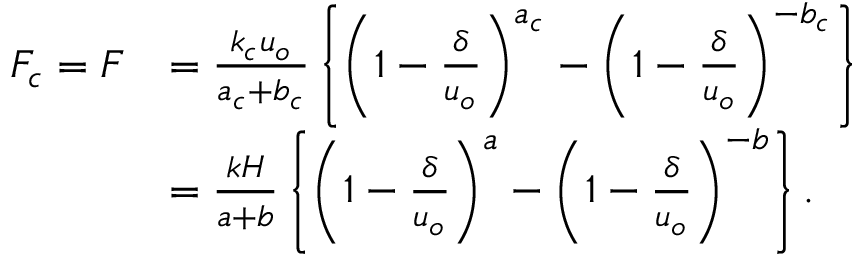
\begin{array} { r l } { F _ { c } = F } & { = \frac { k _ { c } u _ { o } } { a _ { c } + b _ { c } } \left\{ \left( 1 - \frac { \delta } { u _ { o } } \right) ^ { a _ { c } } - \left( 1 - \frac { \delta } { u _ { o } } \right) ^ { - b _ { c } } \right\} } \\ & { = \frac { k H } { a + b } \left\{ \left( 1 - \frac { \delta } { u _ { o } } \right) ^ { a } - \left( 1 - \frac { \delta } { u _ { o } } \right) ^ { - b } \right\} . } \end{array}